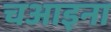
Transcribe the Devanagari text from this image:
चआइना